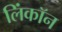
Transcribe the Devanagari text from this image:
लिंकॉन